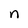
Character: n